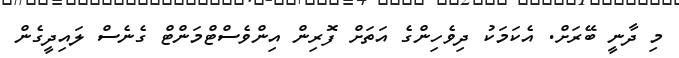
މި ދާނީ ބޭރަށް. އެކަމަކު ދިވެހިންގެ އަތަށް ފޮރިން އިންވެސްޓްމަންޓް ގެނެސް ލައިދީގެން